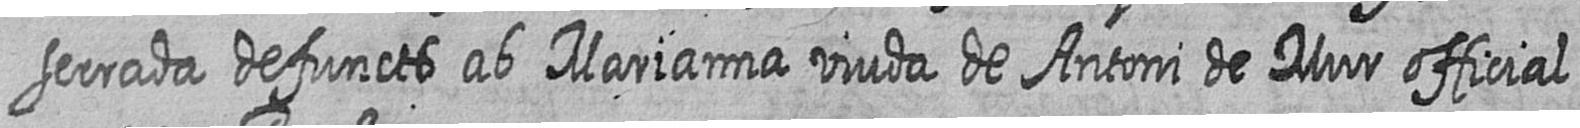
serrada defuncts ab Marianna viuda de Antoni de Mur official